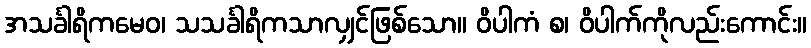
အသင်္ခါရိကမေဝ၊ သသင်္ခါရိကသာလျှင်ဖြစ်သော။ ဝိပါကံ စ၊ ဝိပါက်ကိုလည်းကောင်း။